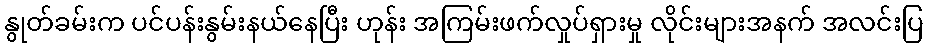
နွုတ်ခမ်းက ပင်ပန်းနွမ်းနယ်နေပြီး ဟုန်း အကြမ်းဖက်လှုပ်ရှားမှု လိုင်းများအနက် အလင်းပြ